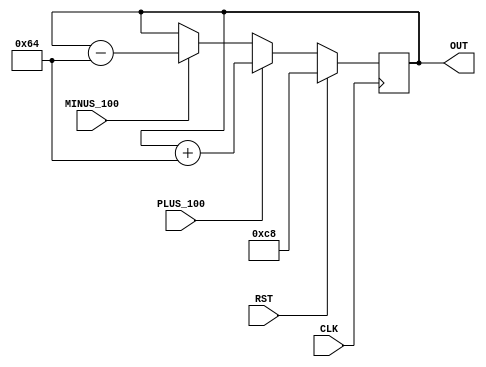
`timescale 1ns / 1ps
module PRICE_REG(CLK, PLUS_100, MINUS_100, RST, OUT);
	 
input CLK;
input PLUS_100, MINUS_100;
input RST;
output reg [0:15] OUT;

always @(posedge CLK) begin
	if(RST)					OUT <= 200;
	else if(PLUS_100) 	OUT <= OUT + 100;
	else if(MINUS_100)	OUT <= OUT - 100;
end

endmodule